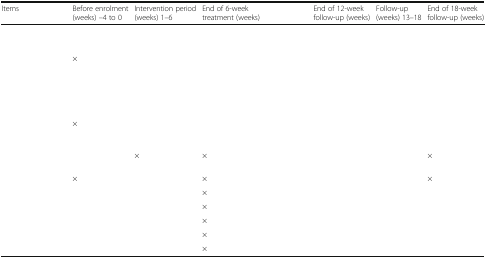
<table><thead><tr><td colspan="2"><b>Items</b></td><td><b>Before enrolment (weeks) –4 to 0</b></td><td><b>Intervention period (weeks) 1–6</b></td><td><b>End of 6-week treatment (weeks)</b></td><td>[EMPTY_CELL]</td><td><b>End of 12-week follow-up (weeks)</b></td><td><b>Follow-up (weeks) 13–18</b></td><td><b>End of 18-week follow-up (weeks)</b></td></tr></thead><tbody><tr><td colspan="2">[EMPTY_CELL]</td><td>[EMPTY_CELL]</td><td>[EMPTY_CELL]</td><td>[EMPTY_CELL]</td><td>[EMPTY_CELL]</td><td>[EMPTY_CELL]</td><td>[EMPTY_CELL]</td><td>[EMPTY_CELL]</td></tr><tr><td colspan="2">[EMPTY_CELL]</td><td>[EMPTY_CELL]</td><td>[EMPTY_CELL]</td><td>[EMPTY_CELL]</td><td>[EMPTY_CELL]</td><td>[EMPTY_CELL]</td><td>[EMPTY_CELL]</td><td>[EMPTY_CELL]</td></tr><tr><td colspan="2">[EMPTY_CELL]</td><td>×</td><td>[EMPTY_CELL]</td><td>[EMPTY_CELL]</td><td>[EMPTY_CELL]</td><td>[EMPTY_CELL]</td><td>[EMPTY_CELL]</td><td>[EMPTY_CELL]</td></tr><tr><td colspan="2">[EMPTY_CELL]</td><td>[EMPTY_CELL]</td><td>[EMPTY_CELL]</td><td>[EMPTY_CELL]</td><td>[EMPTY_CELL]</td><td>[EMPTY_CELL]</td><td>[EMPTY_CELL]</td><td>[EMPTY_CELL]</td></tr><tr><td colspan="2">[EMPTY_CELL]</td><td>[EMPTY_CELL]</td><td>[EMPTY_CELL]</td><td>[EMPTY_CELL]</td><td>[EMPTY_CELL]</td><td>[EMPTY_CELL]</td><td>[EMPTY_CELL]</td><td>[EMPTY_CELL]</td></tr><tr><td colspan="2">[EMPTY_CELL]</td><td>[EMPTY_CELL]</td><td>[EMPTY_CELL]</td><td>[EMPTY_CELL]</td><td>[EMPTY_CELL]</td><td>[EMPTY_CELL]</td><td>[EMPTY_CELL]</td><td>[EMPTY_CELL]</td></tr><tr><td colspan="2">[EMPTY_CELL]</td><td>×</td><td>[EMPTY_CELL]</td><td>[EMPTY_CELL]</td><td>[EMPTY_CELL]</td><td>[EMPTY_CELL]</td><td>[EMPTY_CELL]</td><td>[EMPTY_CELL]</td></tr><tr><td>[EMPTY_CELL]</td><td>[EMPTY_CELL]</td><td>[EMPTY_CELL]</td><td>×</td><td>×</td><td>[EMPTY_CELL]</td><td>[EMPTY_CELL]</td><td>[EMPTY_CELL]</td><td>×</td></tr><tr><td rowspan="4">[EMPTY_CELL]</td><td>[EMPTY_CELL]</td><td>×</td><td>[EMPTY_CELL]</td><td>×</td><td>[EMPTY_CELL]</td><td>[EMPTY_CELL]</td><td>[EMPTY_CELL]</td><td>×</td></tr><tr><td>[EMPTY_CELL]</td><td>[EMPTY_CELL]</td><td>[EMPTY_CELL]</td><td>×</td><td>[EMPTY_CELL]</td><td>[EMPTY_CELL]</td><td>[EMPTY_CELL]</td><td>[EMPTY_CELL]</td></tr><tr><td>[EMPTY_CELL]</td><td>[EMPTY_CELL]</td><td>[EMPTY_CELL]</td><td>×</td><td>[EMPTY_CELL]</td><td>[EMPTY_CELL]</td><td>[EMPTY_CELL]</td><td>[EMPTY_CELL]</td></tr><tr><td>[EMPTY_CELL]</td><td>[EMPTY_CELL]</td><td>[EMPTY_CELL]</td><td>×</td><td>[EMPTY_CELL]</td><td>[EMPTY_CELL]</td><td>[EMPTY_CELL]</td><td>[EMPTY_CELL]</td></tr><tr><td colspan="2">[EMPTY_CELL]</td><td>[EMPTY_CELL]</td><td>[EMPTY_CELL]</td><td>×</td><td>[EMPTY_CELL]</td><td>[EMPTY_CELL]</td><td>[EMPTY_CELL]</td><td>[EMPTY_CELL]</td></tr><tr><td colspan="2">[EMPTY_CELL]</td><td>[EMPTY_CELL]</td><td>[EMPTY_CELL]</td><td>×</td><td>[EMPTY_CELL]</td><td>[EMPTY_CELL]</td><td>[EMPTY_CELL]</td><td>[EMPTY_CELL]</td></tr></tbody></table>